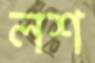
লশ